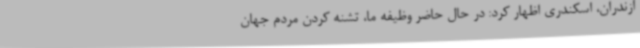
ازندران، اسکندری اظهار کرد: در حال حاضر وظیفه ما، تشنه کردن مردم جهان